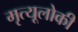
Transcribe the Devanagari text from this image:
मृत्यूलोकी